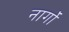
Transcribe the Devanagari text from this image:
नार्गों